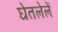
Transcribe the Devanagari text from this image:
घेतलेलें